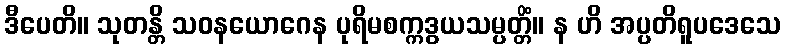
ဒီပေတိ။ သုတန္တိ သဝနယောဂေန ပုရိမစက္ကဒွယသမ္ပတ္တိံ။ န ဟိ အပ္ပတိရူပဒေသေ